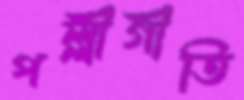
পল্লীগীতি